Assam Mental Hospital (Tezpur, India) - 1933-1948
Year: 1933
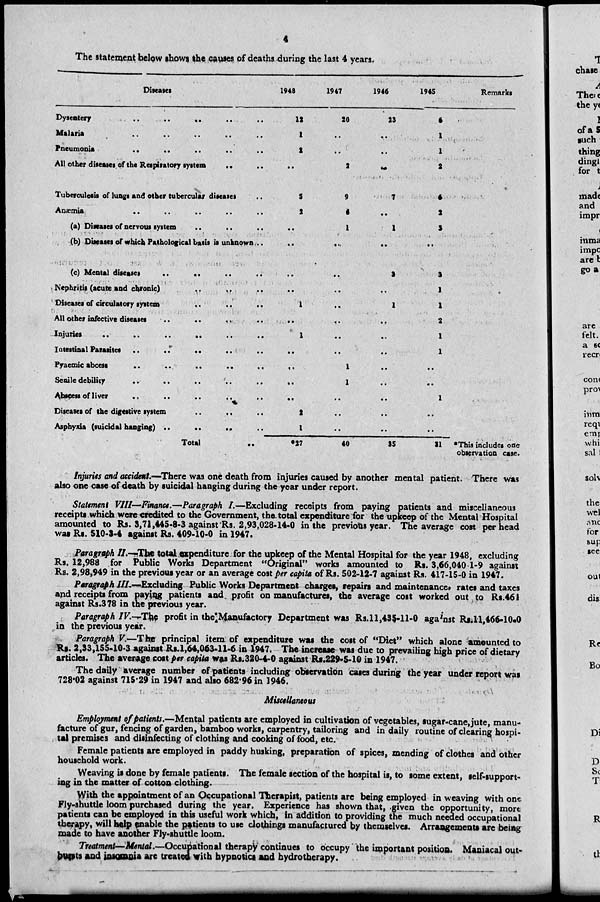
4
The statement below shows the causes of deaths during the last 4 years.
Diseases
Dysentery
..
..
..
..
..
Malaria
..
..
..
..
..
Pneumonia
..
..
..
..
..
All other diseases of the Respiratory system .. ..
Tuberculosis of lungs and other tubercular diseases ..
Anæmia
..
..
..
..
..
(a) Diseases of nervous system .. .. ..
(b) Diseases of which Pathological basis is unknown ..
(c) Mental diseases
.. .. .. ..
Nephritis (acute and chronic)
..
..
..
Diseases of circulatory
system
..
..
..
All other infective diseases .. .. .. ..
Injuries)
..
..
..
..
..
..
Intestinal Parasites
..
..
..
..
..
Pyaemic abcess
..
..
..
.. ..
Senile debility .. .. .. .. ..
Abscess of liver
..
..
..
..
..
Diseases of the digestive system .. .. ..
Asphyxia (suicidal hanging) ..
..
..
..
Total
..
1948
12
1
2
..
3
2
..
..
..
..
1
..
1
..
..
..
..
2
1
*27
1947
20
..
..
2
9
4
1
..
..
..
..
..
..
..
1
1
..
..
..
40
1946
23
..
..
..
7
..
1
..
3
..
1
..
..
..
..
..
..
..
..
35
1945
6
1
1
2
6
2
3
..
3
1
1
2
1
1
..
..
1
..
..
31
Remarks
*This includes one
observation case.
Injuries and accident.—There was one death from injuries caused by another mental patient. There was
also one case of death by suicidal hanging during the year under report.
Statement VIII—Finance.—Paragraph I.—Excluding receipts from paying patients and miscellaneous
receipts which were credited to the Government, the total expenditure for the upkeep of the Mental Hospital
amounted to Rs. 3,71,445-8-3 against Rs. 2,93,028-14-0 in the previous year. The average cost per head
was Rs. 510-3-4 against Rs. 409-10-0 in 1947.
Paragraph II.—The total expenditure for the upkeep of the Mental Hospital for the year 1948, excluding
Rs. 12,988 for Public Works Department "Original" works amounted to Rs. 3,66,040 1-9 against
Rs. 2,98,949 in the previous year or an average cost per capita of Rs. 502-12-7 against Rs. 417-15-0 in 1947.
Paragraph III.—Excluding Public Works Department charges, repairs and maintenance, rates and taxes
and receipts from paying patients and profit on manufactures, the average cost worked out, to Rs.461
against Rs. 378 in the previous year.
Paragraph IV.—The profit in the Manufactory Department was Rs.11,435-11-0 against Rs.11,466-10-0
in the previous year.
Paragraph V.—The principal item of expenditure was the cost of "Diet" which alone amounted to
Rs. 2,33,155-10-3 against Rs.1,64,063-11-6 in 1947. The increase was due to prevailing high price of dietary
articles. The average cost per capita was Rs.320-4-0 against Rs.229-5-19 in 1947.
The daily average number of patients including observation cases during the year under report was
728.02 against 715.29 in 1947 and also 682.96 in 1946.
Miscellaneous
Employment of patients.—Mental patients are employed in cultivation of vegetables, sugar-cane, jute, manu-
facture of gur, fencing of garden, bamboo works, carpentry, tailoring and in daily routine of clearing hospi-
tal premises and disinfecting of clothing and cooking of food, etc.
Female patients are employed in paddy husking, preparation of spices, mending of clothes and other
household work.
Weaving is done by female patients. The female section of the hospital is, to some extent, self-support-
ing in the matter of cotton-clothing.
With the appointment of an Occupational Therapist, patients are being employed in weaving with one
Fly-shuttle loom purchased during the year. Experience has shown that, given the opportunity, more
patients can be employed in this useful work which, in addition to providing the much needed occupational
therapy, will help enable the patients to use clothings manufactured by themselves. Arrangements are being
made to have another Fly-shuttle loom.
Treatment—Mental.—Occupational therapy continues to occupy the important position. Maniacal out-
bursts and insomnia are treated with hypnotics and hydrotherapy.